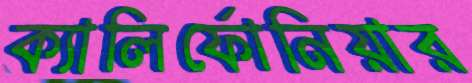
ক্যালির্ফোনিয়ার